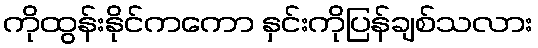
ကိုထွန်းနိုင်ကကော နှင်းကိုပြန်ချစ်သလား